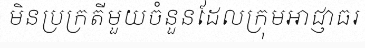
មិនប្រក្រតីមួយចំនួនដែលក្រុមអាជ្ញាធរ